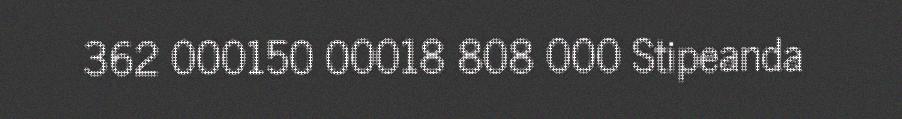
362 000150 00018 808 000 Stipeanda